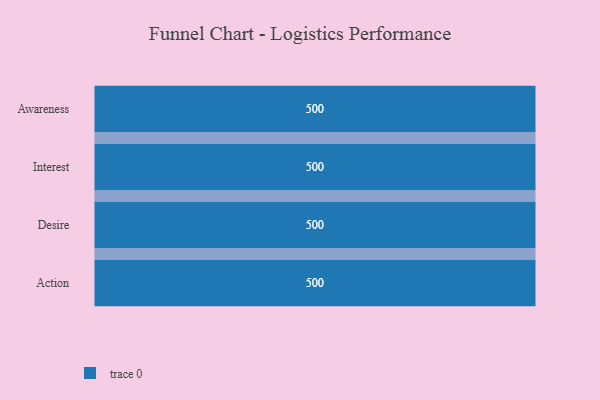
{"axis": {"x": "Stage", "y": "Value"}, "legend": [""], "data": [{"x": "Awareness", "y": 500, "type": ""}, {"x": "Interest", "y": 500, "type": ""}, {"x": "Desire", "y": 500, "type": ""}, {"x": "Action", "y": 500, "type": ""}]}